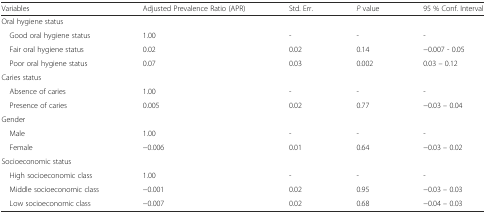
| Variables | Adjusted Prevalence Ratio (APR) | Std. Err. | P value | 95 % Conf. Interval |
 | --- | --- | --- | --- | --- |
 | <COLSPAN=5> Oral hygiene status |
 | Good oral hygiene status | 1.00 | - | - | - |
 | Fair oral hygiene status | 0.02 | 0.02 | 0.14 | −0.007 - 0.05 |
 | Poor oral hygiene status | 0.07 | 0.03 | 0.002 | 0.03 – 0.12 |
 | <COLSPAN=5> Caries status |
 | Absence of caries | 1.00 | - | - | - |
 | Presence of caries | 0.005 | 0.02 | 0.77 | −0.03 – 0.04 |
 | <COLSPAN=5> Gender |
 | Male | 1.00 | - | - | - |
 | Female | −0.006 | 0.01 | 0.64 | −0.03 – 0.02 |
 | <COLSPAN=5> Socioeconomic status |
 | High socioeconomic class | 1.00 | - | - | - |
 | Middle socioeconomic class | −0.001 | 0.02 | 0.95 | −0.03 – 0.03 |
 | Low socioeconomic class | −0.007 | 0.02 | 0.68 | −0.04 – 0.03 |